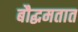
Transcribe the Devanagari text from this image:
बौद्धमतात